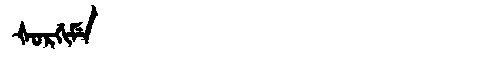
Manchu: ᡧᠣᡵᡤᡳᠮᡝ
Romanization: ŠORGIME